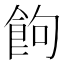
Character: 䬲